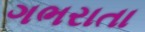
ગભરાતા